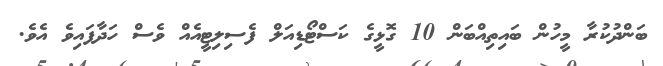
ބަންދުކުރާ މީހުން ބައިތިއްބަން 10 ގޮޅީގެ ކަސްޓޯޑިއަލް ފެސިލިޓީއެއް ވެސް ހަދާފައިވެ އެވެ.